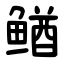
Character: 䲡